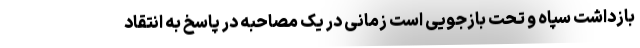
بازداشت سپاه و تحت بازجویی است زمانی در یک مصاحبه در پاسخ به انتقاد